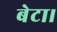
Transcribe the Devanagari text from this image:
बेटा।